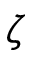
\zeta